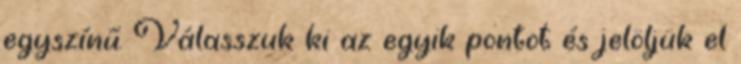
egyszínű. Válasszuk ki az egyik pontot és jelöljük el